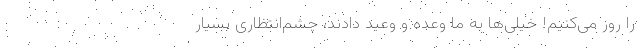
را روز می‌کنیم! خیلی‌ها به ما وعده و وعید دادند، چشم‌انتظاری بسیار